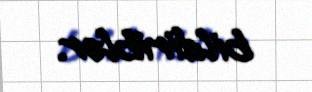
bildiriblər.